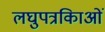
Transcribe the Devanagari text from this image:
लघुपत्रकिाओं